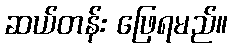
ဆယ်တန်း ဖြေရမည်။